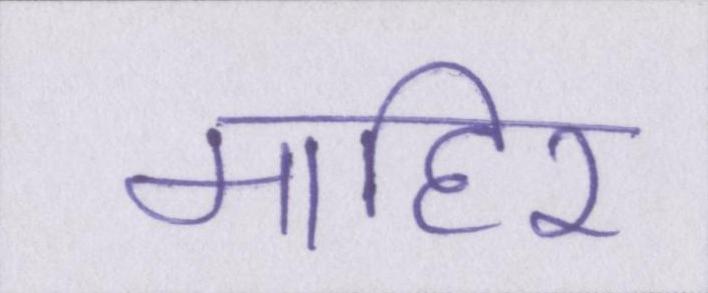
माहिर